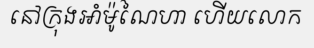
នៅក្រុងអាំម៉ូណៃហា ហើយលោក